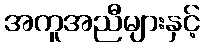
အကူအညီများနှင့်